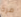
مرة